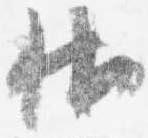
帖